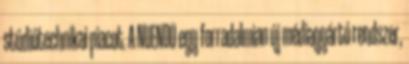
stúdiótechnikai piacot. A NUENDO egy forradalmian új médiagyártó rendszer,